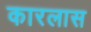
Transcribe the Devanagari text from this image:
कारलास